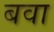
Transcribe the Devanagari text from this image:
बवा